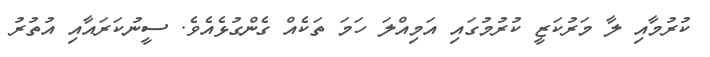
ކުރުމާއި ލާ މަރުކަޒީ ކުރުމުގައި އަމިއްލަ ހަމަ ތަކެއް ގެންގުޅެއެވެ. ސީނުކަރައާއި އުތުރު